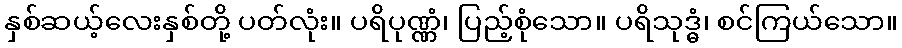
နှစ်ဆယ့်လေးနှစ်တို့ ပတ်လုံး။ ပရိပုဏ္ဏံ၊ ပြည့်စုံသော။ ပရိသုဒ္ဓံ၊ စင်ကြယ်သော။